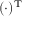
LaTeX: ( \cdot ) ^ { \mathrm { T } }